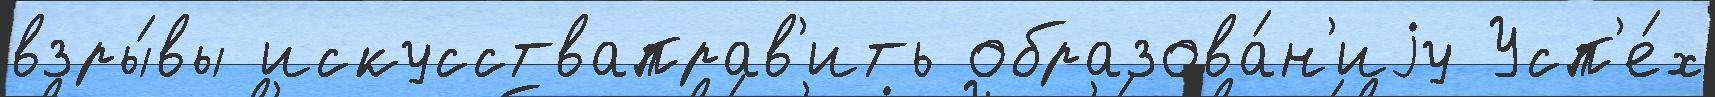
взры́вы искусстваправ'ить образова́н'иjу Усп'е́х